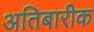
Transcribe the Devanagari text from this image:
अतिबारीक